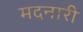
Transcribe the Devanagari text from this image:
मदनारी